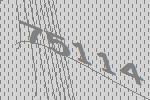
75114